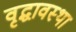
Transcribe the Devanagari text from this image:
वृद्धावस्‍था